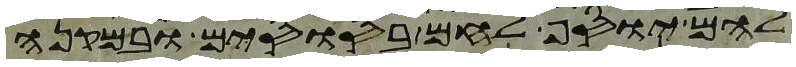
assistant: להם יוסף לחם בסוסים ובמקנה